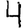
Digit: 4